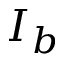
I _ { b }